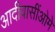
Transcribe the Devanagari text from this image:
आदीवासींओमे